画像に写った文字を読んでください
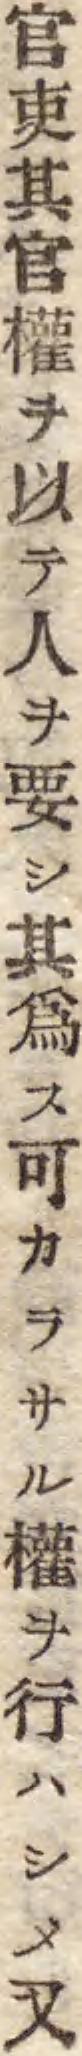
「官吏其官權ヲ以テ人ヲ要シ其爲ス可カラサル權ヲ行ハシメ又」と書いてあります